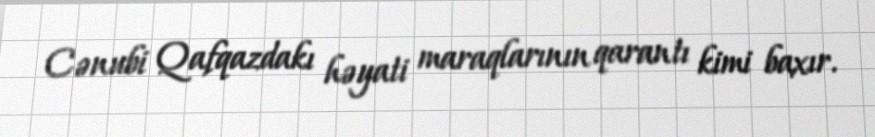
Cənubi Qafqazdakı həyati maraqlarının qarantı kimi baxır.